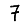
Digit: 7